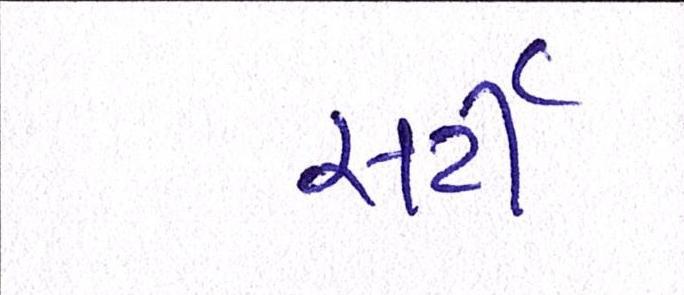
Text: સર્ટી